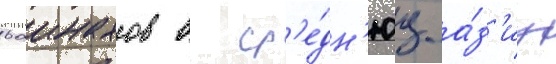
ваинахов в ср'е́дн'юу а́з'иу